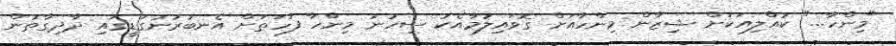
"މިންހާ..." ކުއްލިއަކަށް ޝިޒާން މިންހާއަށް ގޮވައިލުމާއެކު ސިހުނު މިންހާ ފަހަތަށް އެނބުރުނުގަޑީގައި ދާދިގާތުން